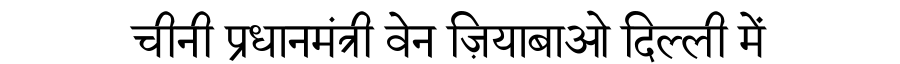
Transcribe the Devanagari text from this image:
चीनी प्रधानमंत्री वेन ज़ियाबाओ दिल्ली में